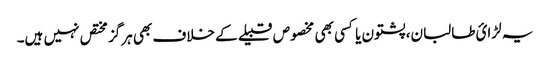
یہ لڑائ طالبان، پشتون یا کسی بھی مخصوص قبیلے کے خلاف بھی ہرگز مختص نہیں ہیں۔